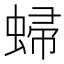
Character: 𧌈